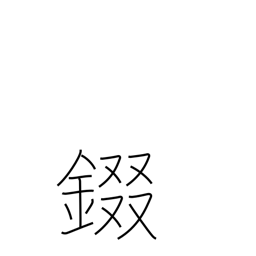
Meaning: armor neckplates